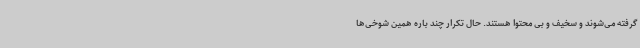
گرفته می‌شوند و سخیف و بی محتوا هستند. حال تکرار چند باره همین شوخی‌ها